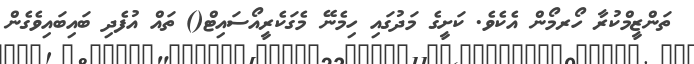
ތަންޒީމްކުރާ ހޯރމޯން އެކެވެ. ކަށީގެ މަދުގައި ހިމެނޭ މެގަކެރީއޯސައިޓް() ތައް އުފެދި ބައިބައިވެގެން